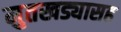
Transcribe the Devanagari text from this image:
मुतखड्यासह